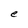
Character: e